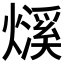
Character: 𤐓